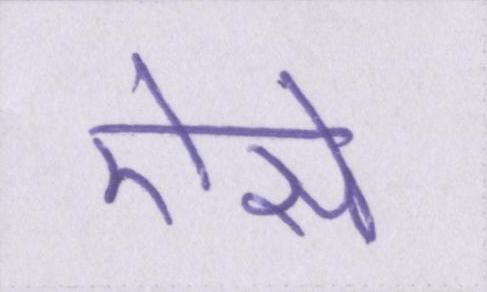
ऐसे